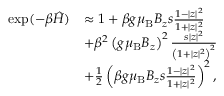
\begin{array} { r l } { \exp ( - \beta \hat { { \cal H } } ) } & { \approx 1 + \beta g { \ensuremath { \mu _ { \mathrm { B } } } } B _ { z } s \frac { 1 - | z | ^ { 2 } } { 1 + | z | ^ { 2 } } } \\ & { + \beta ^ { 2 } \left( g { \ensuremath { \mu _ { \mathrm { B } } } } B _ { z } \right) ^ { 2 } \frac { s | z | ^ { 2 } } { \left( 1 + | z | ^ { 2 } \right) ^ { 2 } } } \\ & { + \frac { 1 } { 2 } \left( \beta g { \ensuremath { \mu _ { \mathrm { B } } } } B _ { z } s \frac { 1 - | z | ^ { 2 } } { 1 + | z | ^ { 2 } } \right) ^ { 2 } , } \end{array}